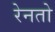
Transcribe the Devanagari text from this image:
रेनतो